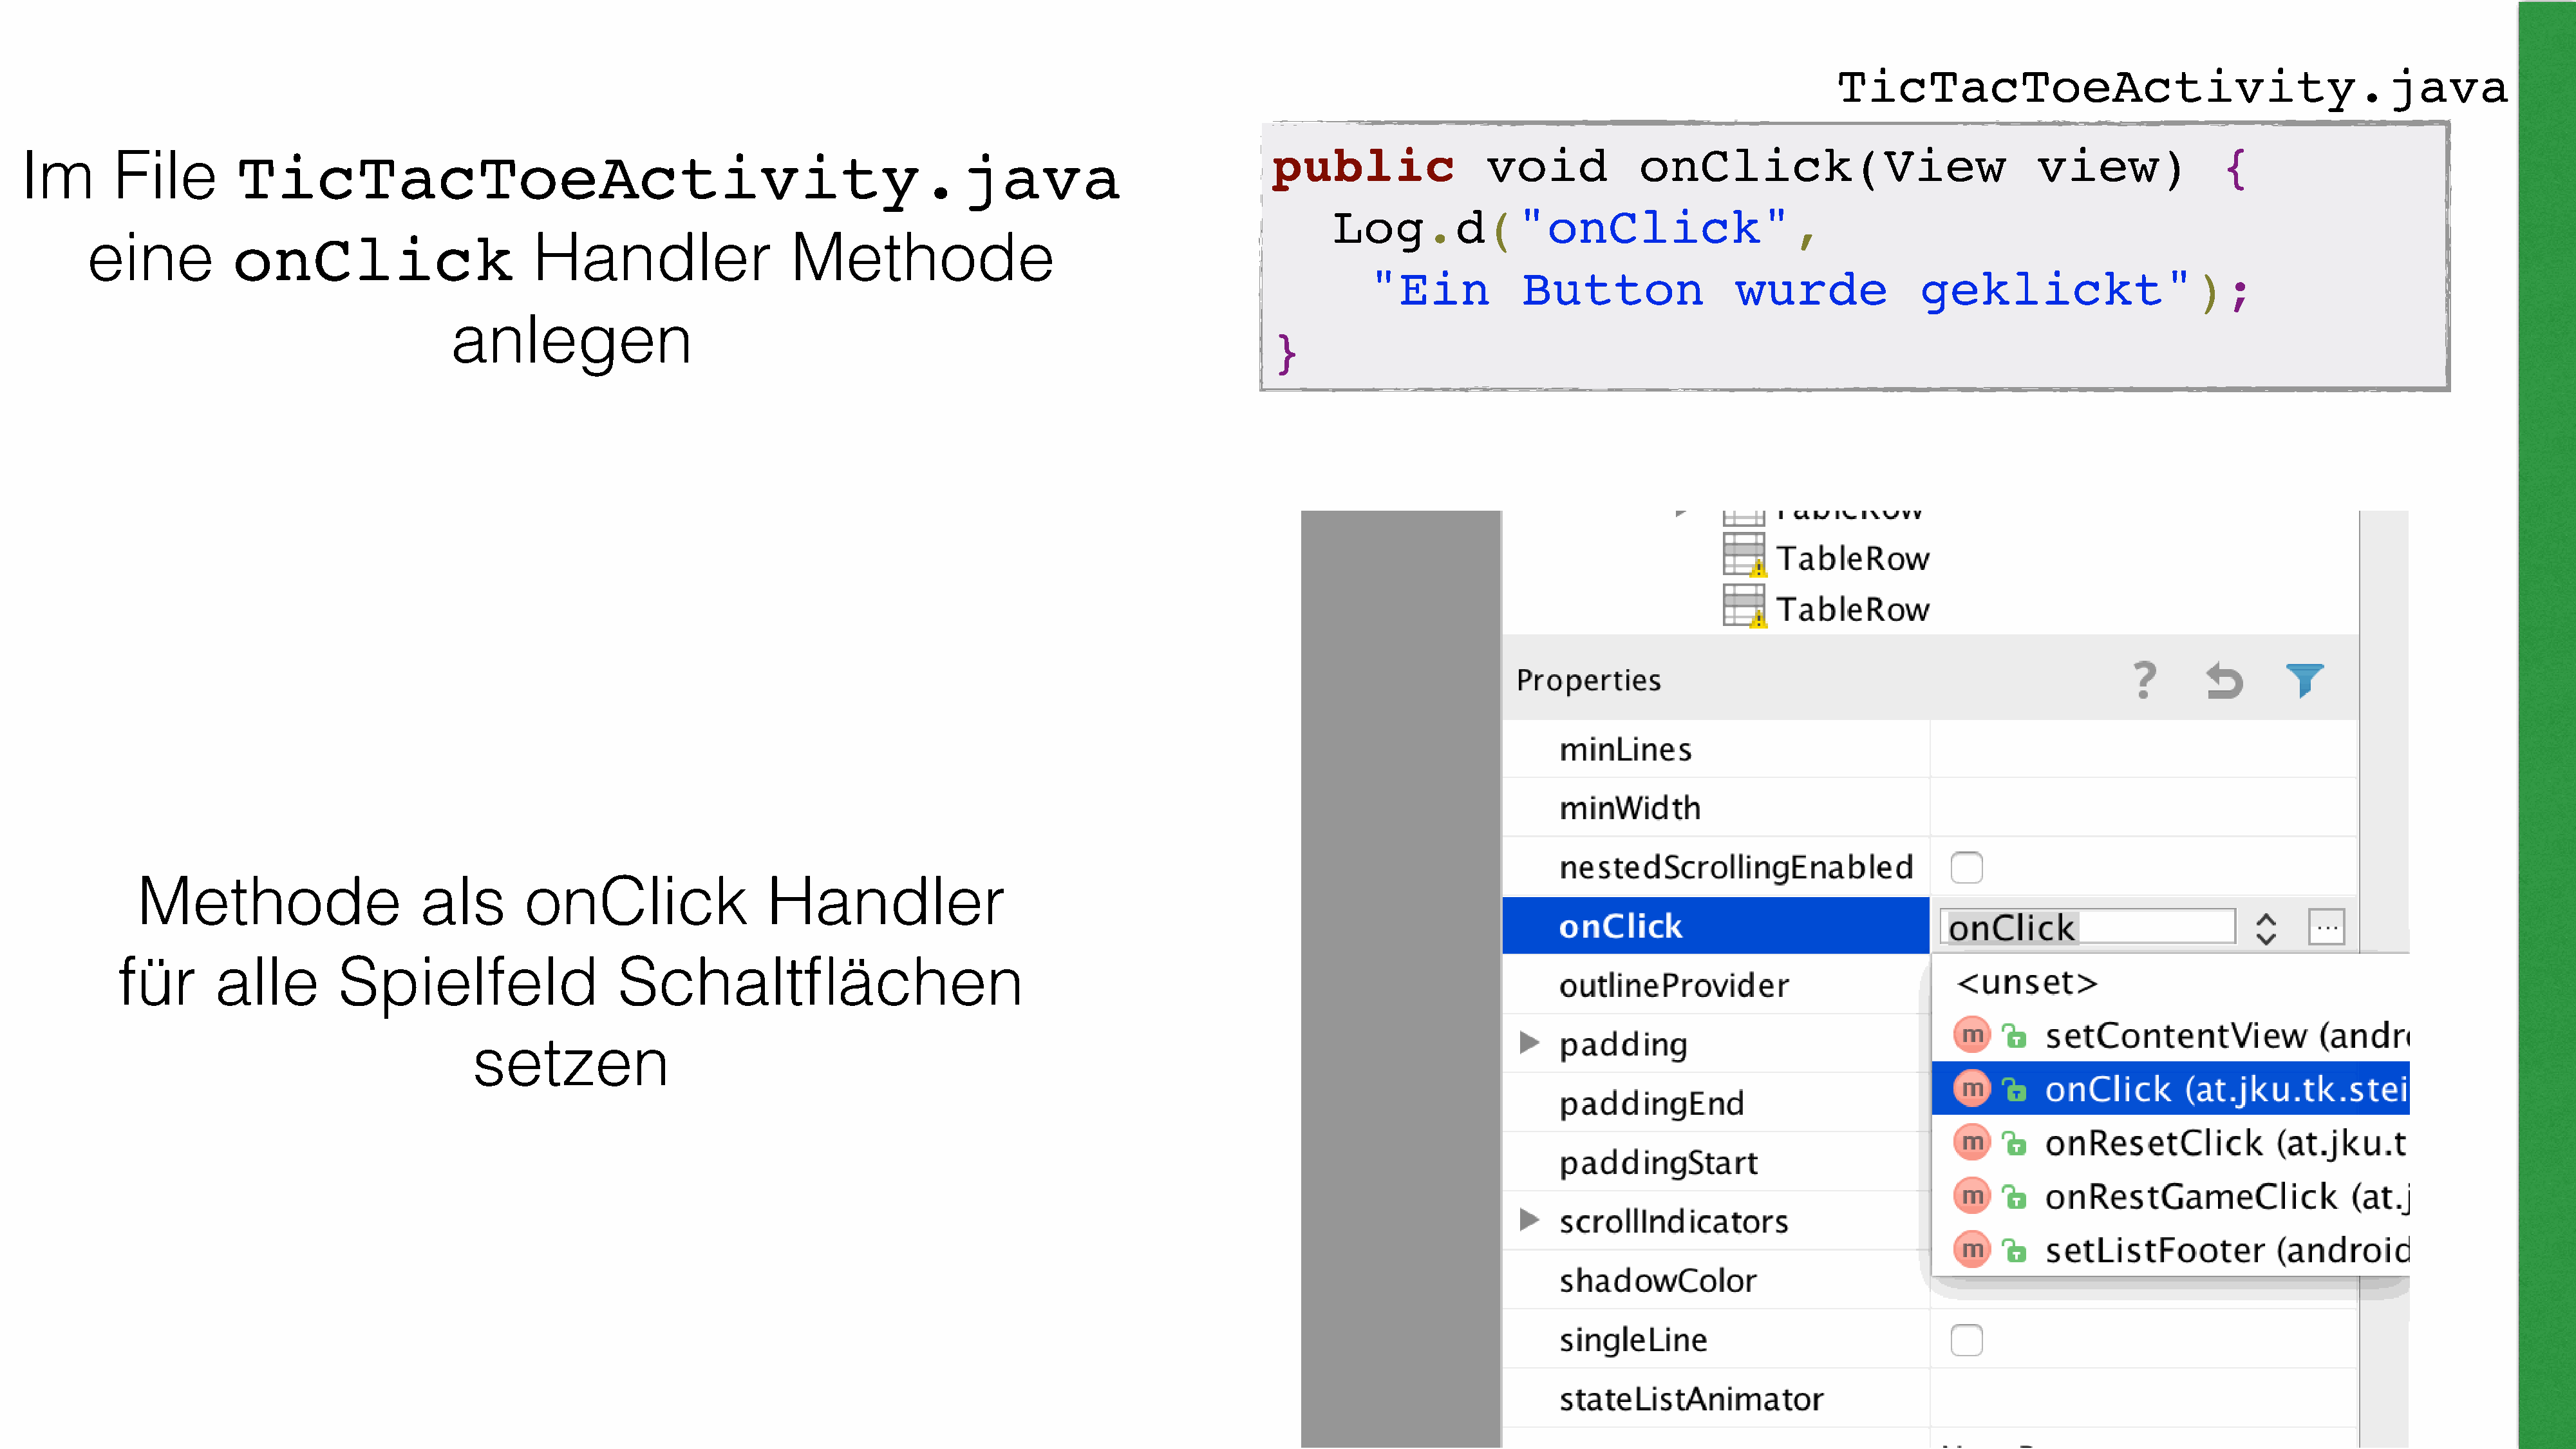
TicTacToeActivity.java
 public                void            onClick(View                            view)              {
 Im        File        TicTacToeActivity.java
 Log.d("onClick",
 eine           onClick                        Handler                   Methode
 "Ein           Button                wurde              geklickt");
 anlegen
 }
 Methode                      als        onClick                  Handler
 für       alle         Spielfeld                   Schaltflächen
 setzen